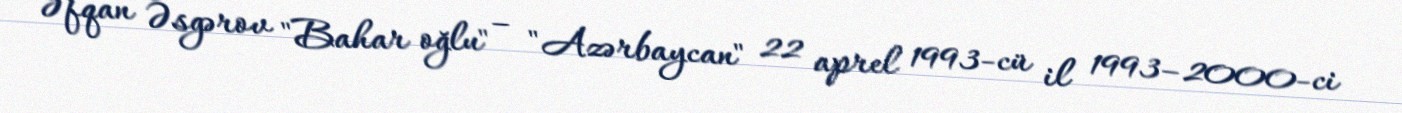
Əfqan Əsgərov "Bahar oğlu" – "Azərbaycan" 22 aprel 1993-cü il 1993–2000-ci